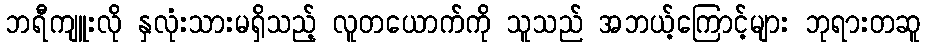
ဘရီကျူးလို နှလုံးသားမရှိသည့် လူတယောက်ကို သူသည် အဘယ့်ကြောင့်များ ဘုရားတဆူ